Vaccination in Bombay 1863-1868 - 1863-1868
Year: 1863
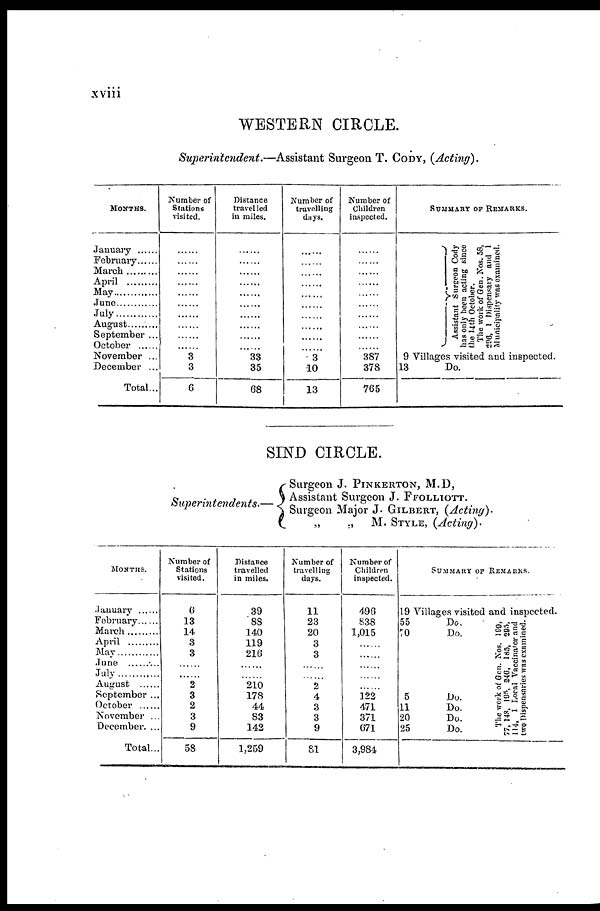
xviii
WESTERN CIRCLE.
Superintendent.—Assistant Surgeon T. CODY, (Acting).
MONTHS.
January ......
February......
March .........
April.........
May.........
June............
July
August.........
September ...
October......
November ...
December ...
Total...
Number of
Stations
visited.
......
......
......
......
......
......
......
......
......
......
3
3
6
Distance
travelled
in miles.
......
......
......
......
......
......
......
......
......
......
33
35
68
Number of
travelling
days.
......
......
......
......
......
......
......
......
......
......
3
10
13
Number of
Children
inspected.
......
......
......
......
......
......
......
......
......
......
387
378
765
SUMMARY OF REMARKS.
As s i
s t
ant Sur ge on Cody
has onl y been acting since
the
14 th October.
The work of Gen. Nos. 58,
296,
1 Di s pe ns a r
y and 1
Muni c i
pa l
i
t
y wa s examined.
9 Villages visited and inspected.
13
Do.
SIND CIRCLE.
Superintendents.—
Surgeon J. PINKERTON, M.D,
Assistant Surgeon J. FFOLLIOTT.
Surgeon Major J. GILBERT, (Acting).
‚,
„ M. STYLE, (Acting).
MONTHS
January
February
March
April
May
June
July
August
September
October
November
December
Total
Number of
Stations
visited
6
13
14
3
3
2
3
2
3
9
58
Distance
travelled
in miles.
39
88
140
119
216
210
178
44
83
142
1,259
Number of
travelling
days
11
23
20
3
3
2
4
3
3
9
81
Number of
Children
inspected
496
838
1,015
122
471
371
671
3,984
SUMMARY OF REMARKS
19
55
70
5
11
20
25
Villages visited and inspected
Do
Do
Do
Do
Do
Do
The work of Gen Nos 199,
77, 148 195, 246, 185, 295,
114, 1 Local Vaccinator and
two Dispensaries was examined